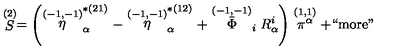
\stackrel { ( 2 ) } { S } = \left( \stackrel { ( - 1 , - 1 ) } { \eta } _ { \alpha } ^ { * ( 2 1 ) } - \stackrel { ( - 1 , - 1 ) } { \eta } _ { \alpha } ^ { * ( 1 2 ) } + \stackrel { ( - 1 , - 1 ) } { \bar { \Phi } } _ { i } R _ { \alpha } ^ { i } \right) \stackrel { ( 1 , 1 ) } { \pi ^ { \alpha } } + \mathrm { ` ` m o r e " }